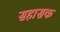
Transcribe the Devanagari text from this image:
सहासक